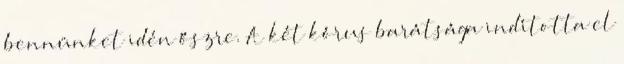
bennünket idén őszre. A két kórus barátsága indította el